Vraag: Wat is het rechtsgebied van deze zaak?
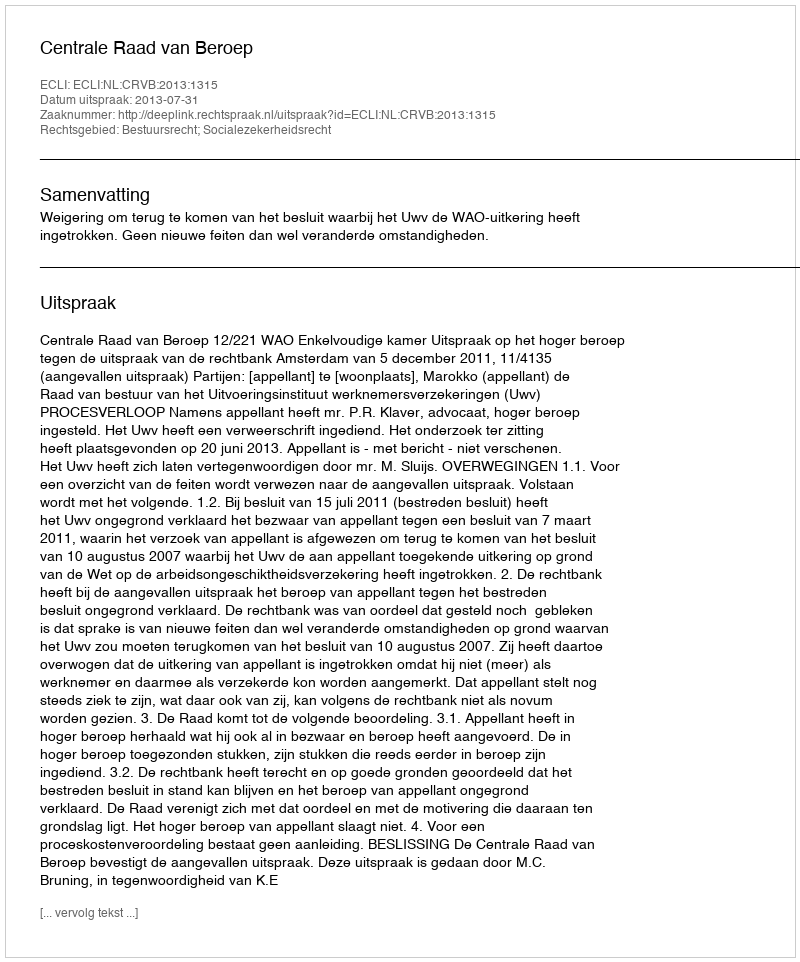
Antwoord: Bestuursrecht; Socialezekerheidsrecht